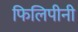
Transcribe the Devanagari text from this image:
फिलिपीनी